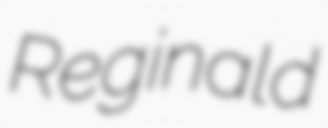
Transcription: Reginald